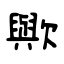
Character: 歟